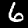
Label: 6